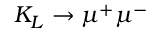
K _ { L } \to \mu ^ { + } \mu ^ { - }